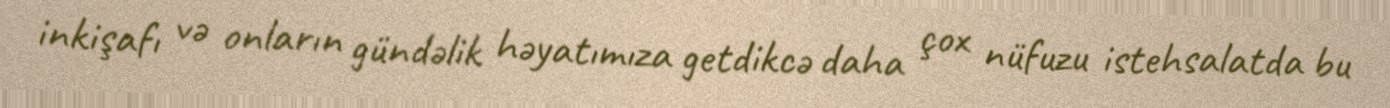
inkişafı və onların gündəlik həyatımıza getdikcə daha çox nüfuzu istehsalatda bu